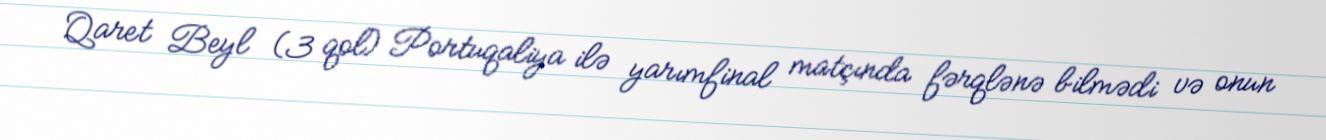
Qaret Beyl (3 qol) Portuqaliya ilə yarımfinal matçında fərqlənə bilmədi və onun